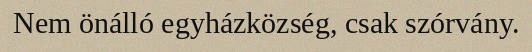
Nem önálló egyházközség, csak szórvány.